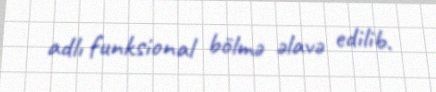
adlı funksional bölmə əlavə edilib.